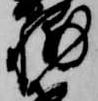
輔